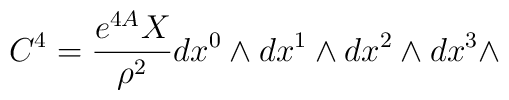
C^4 = { e^{4A} X \over \rho^2} dx^0 \wedge dx^1 \wedge dx^2 \wedge dx^3 \wedge